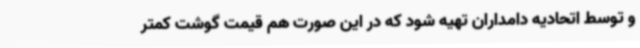
و توسط اتحادیه دامداران تهیه شود که در این صورت هم قیمت گوشت کمتر